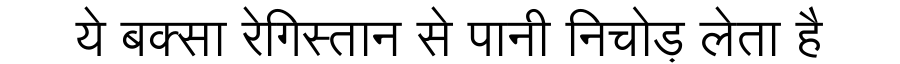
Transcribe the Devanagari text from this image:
ये बक्सा रेगिस्तान से पानी निचोड़ लेता है